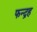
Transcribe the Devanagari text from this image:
फन्द्रह